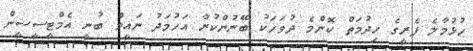
ހުޅުމާލެ ފެރީގެ ހިދުމަތް ކޮންމެ ދުވަހަކު ބޭނުންކުރާ އަހުމަދު ނައީމް ބުނީ އެމްޓީސީސީން